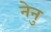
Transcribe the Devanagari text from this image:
नेनु